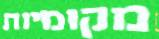
מקומיות